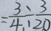
= \frac { 3 } { 4 } \div \frac { 3 } { 2 0 }